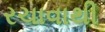
રચાવાથી